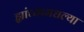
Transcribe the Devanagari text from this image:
ह्यांच्यामधल्या